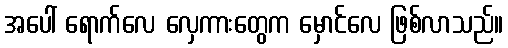
အပေါ် ရောက်လေ လှေကားတွေက မှောင်လေ ဖြစ်လာသည်။